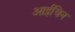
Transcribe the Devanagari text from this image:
आईचिन